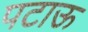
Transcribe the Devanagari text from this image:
पटाऊ